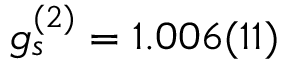
g _ { s } ^ { ( 2 ) } = 1 . 0 0 6 ( 1 1 )